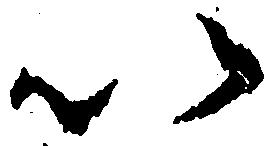
以